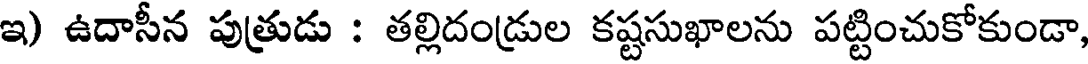
ఇ) ఉదాసీన పుత్రుడు : తల్లిదండ్రుల కష్టసుఖాలను పట్టించుకోకుండా,